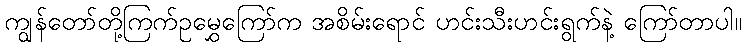
ကျွန်တော်တို့ကြက်ဥမွှေကြော်က အစိမ်းရောင် ဟင်းသီးဟင်းရွက်နဲ့ ကြော်တာပါ။